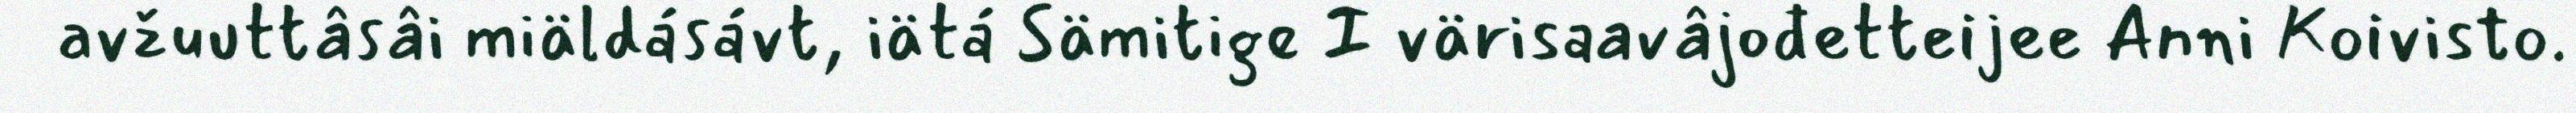
avžuuttâsâi miäldásávt, iätá Sämitige I värisaavâjođetteijee Anni Koivisto.